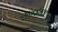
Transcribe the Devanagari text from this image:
मुंबईमधे